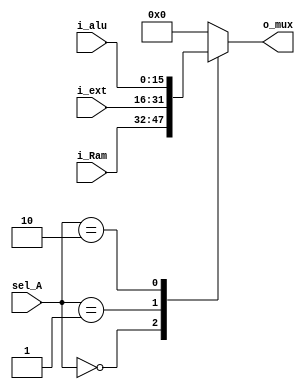
`timescale 10ns / 10ns

module selector_a   #(
    parameter   E_BITS      =   16  ,
    parameter   S_BITS      =   2
)
(
    input   wire    [S_BITS-1:0]    sel_A   ,   //  Bits que selecciona la salida del multiplexor
    input   wire    [E_BITS-1:0]    i_Ram   ,   //  Entrada de datos que provienen de la RAM
    input   wire    [E_BITS-1:0]    i_ext   ,   //  Entrada que proviene del extensor de se;al (generalmente operando literal en la instruccion)
    input   wire    [E_BITS-1:0]    i_alu   ,   // Entrada que proviene del resultado de la ALU
    output  reg     [E_BITS-1:0]    o_mux
);

always @*
    begin
        case    (sel_A)
            2'b0:
                o_mux   =   i_Ram   ;
            2'b1:
                o_mux   =   i_ext   ;
            2'b10:
                o_mux   =   i_alu   ;
            default
                o_mux   =   0       ;
        endcase
    end
endmodule